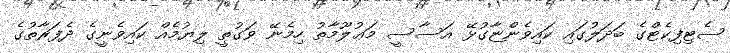
ސެޓިފިކެޓްގެ ބަދަލުގައި ކައިވެންޏާގުޅޭ އަސާސީ މަޢުލޫމާތު ހިމެނޭ ވަގުތީ ލިޔުމެއް ކައިވެނީގެ ދެފަރާތުގެ